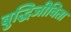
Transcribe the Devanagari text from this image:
बुद्धिजीविता